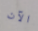
الآن